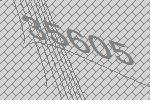
35605